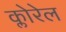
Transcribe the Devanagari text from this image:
क्लोरेल